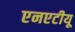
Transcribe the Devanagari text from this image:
एनएटीयू